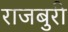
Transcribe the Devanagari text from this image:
राजबुरी